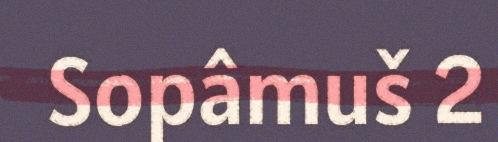
Sopâmuš 2